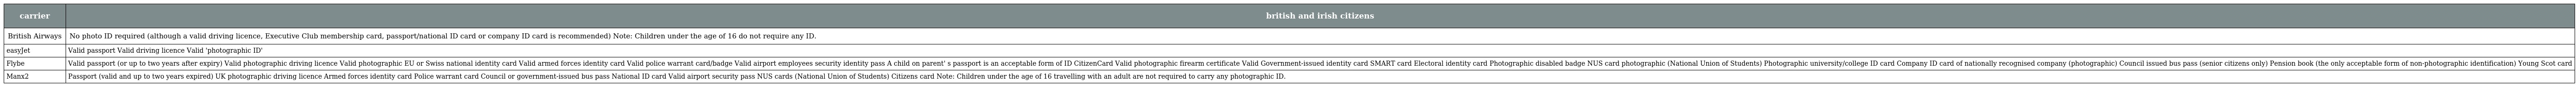
| carrier | british and irish citizens |
 | --- | --- |
 | British Airways | No photo ID required (although a valid driving licence, Executive Club membership card, passport/national ID card or company ID card is recommended) Note: Children under the age of 16 do not require any ID. |
 | easyJet | Valid passport Valid driving licence Valid 'photographic ID' |
 | Flybe | Valid passport (or up to two years after expiry) Valid photographic driving licence Valid photographic EU or Swiss national identity card Valid armed forces identity card Valid police warrant card/badge Valid airport employees security identity pass A child on parent' s passport is an acceptable form of ID CitizenCard Valid photographic firearm certificate Valid Government-issued identity card SMART card Electoral identity card Photographic disabled badge NUS card photographic (National Union of Students) Photographic university/college ID card Company ID card of nationally recognised company (photographic) Council issued bus pass (senior citizens only) Pension book (the only acceptable form of non-photographic identification) Young Scot card |
 | Manx2 | Passport (valid and up to two years expired) UK photographic driving licence Armed forces identity card Police warrant card Council or government-issued bus pass National ID card Valid airport security pass NUS cards (National Union of Students) Citizens card Note: Children under the age of 16 travelling with an adult are not required to carry any photographic ID. |